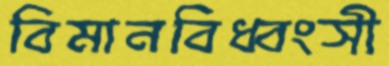
বিমানবিধ্বংসী